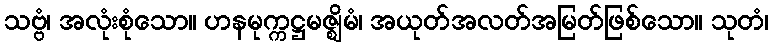
သဗ္ဗံ၊ အလုံးစုံသော။ ဟနမုက္ကဋ္ဌမဇ္ဈိမံ၊ အယုတ်အလတ်အမြတ်ဖြစ်သော။ သုတံ၊